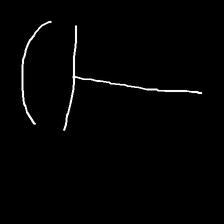
Glyph: dispersion